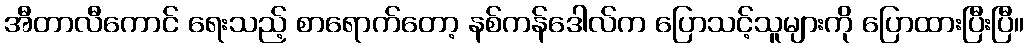
အီတာလီကောင် ရေးသည့် စာရောက်တော့ နစ်ကန်ဒေါလ်က ပြောသင့်သူများကို ပြောထားပြီးပြီ။